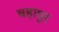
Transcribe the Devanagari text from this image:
बहापुर